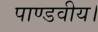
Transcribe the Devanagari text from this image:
पाण्डवीय।